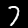
Label: 7